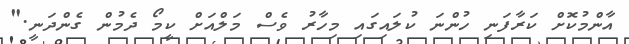
އާންމުކޮށް ކަރާފަނި ހުންނަ ކުލައިގައި މިހާރު ވެސް މަލްއަށް ކީމޯ ދެމުން ގެންދަނީ."